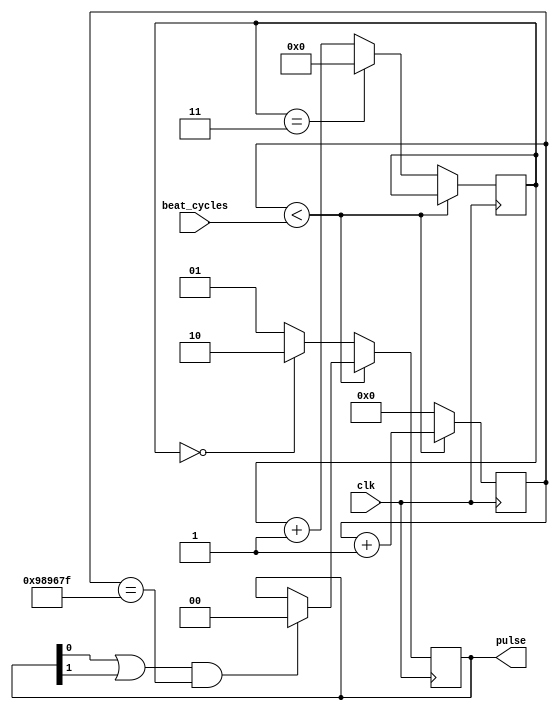
`timescale 1ns / 1ns
//////////////////////////////////////////////////////////////////////////////////
// Company: 
// Engineer: 
// 
// Design Name: 
// Module Name: time_signature_clock
// Project Name: 
// Target Devices: 
// Tool Versions: 
// Description: 
// 
// Dependencies: 
// 
// Revision:
// Revision 0.01 - File Created
// Additional Comments:
// 
//////////////////////////////////////////////////////////////////////////////////


module time_signature_clock(
    input clk,
    input [31:0] beat_cycles,
    output [1:0] pulse
    );
    parameter BEATS_PER_MEASURE = 4;
    parameter NOTE_BEAT = 4;
    parameter PULSE_LENGTH = 10000000;
    
    reg [31:0] period_count = 0;
    reg [7:0] beat_count = 0;
    reg [1:0] tick = 2'b10;



    always@ (posedge clk)
        if ((period_count < beat_cycles && NOTE_BEAT == 4) || (period_count < beat_cycles >> 1 && NOTE_BEAT == 8))
        begin
            period_count <= period_count + 1;
            if((tick[0] | tick[1]) & period_count == PULSE_LENGTH -1)
            begin
                tick <= 2'b00;
            end
        end
        else begin
            period_count <= 0;
            beat_count <= beat_count + 1;
            if (beat_count == BEATS_PER_MEASURE -1)
                beat_count <= 0;
            if(beat_count == 0)
                    tick <= 2'b10;
            else
                tick <= 2'b01;
        end
     
     assign pulse = tick;
endmodule